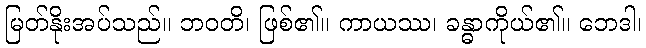
မြတ်နိုးအပ်သည်။ ဘဝတိ၊ ဖြစ်၏။ ကာယဿ၊ ခန္ဓာကိုယ်၏။ ဘေဒါ၊